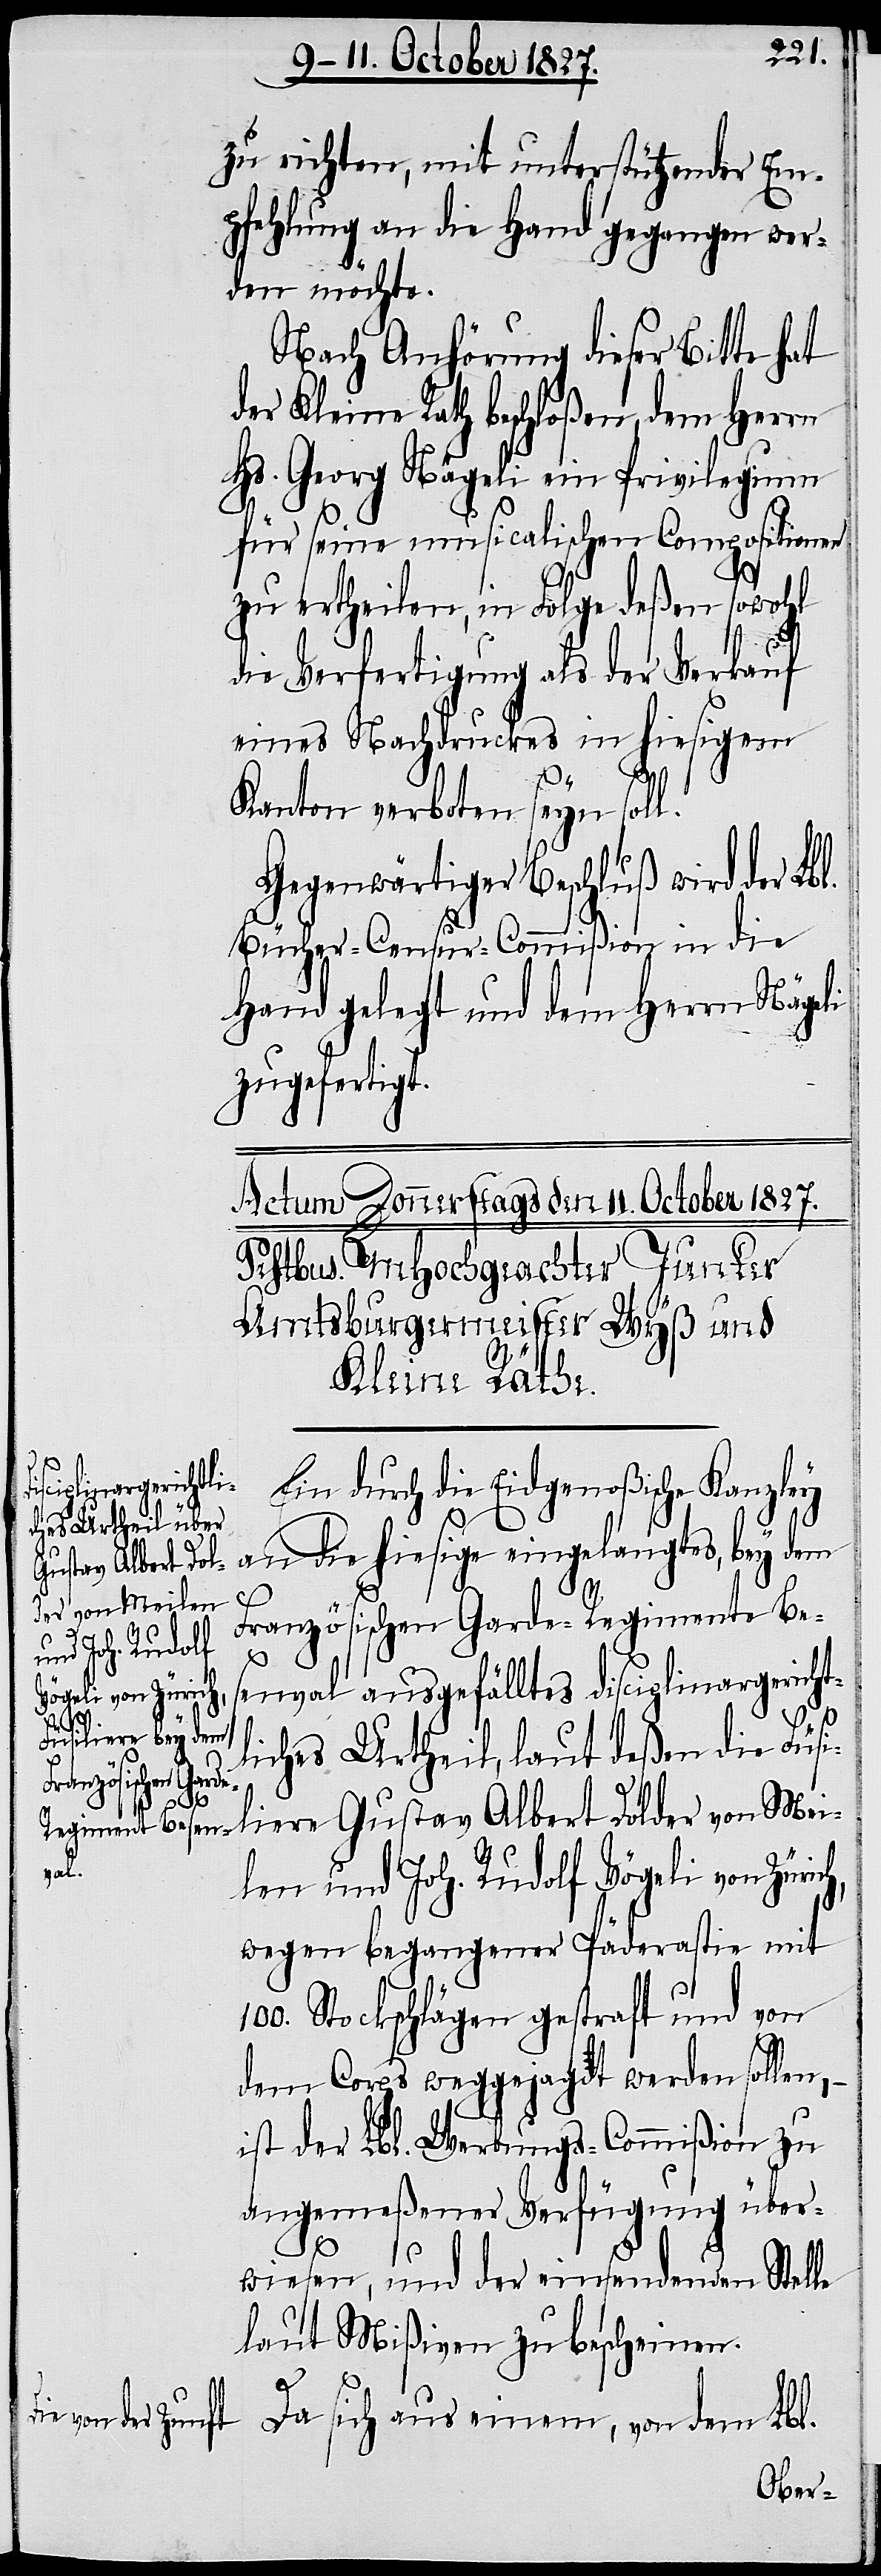
ich,

zu richten, mit unterstützender Em¬
pfehlung an die Hand gegangen wer¬
den möchte.
Nach Anhörung dieser Bitte hat
der Kleine Rath beschloßen, dem Herrn
Hs. Georg Nägeli ein Privilegium
für seine musicalischen Compositionen
zu ertheilen, in Folge deßen sowohl
die Verfertigung als der Verkauf
eines Nachdruckes in hiesigem
Kanton verboten seyn soll.
Gegenwärtiger Beschluß wird der Lbl.
Bücher-Censur-Commißion in die
Hand gelegt und dem Herrn Nägeli
zugefertigt.
Ein durch die Eidgenößische Kanzley
an die hiesige eingelangtes, bey dem
Französischen Garde-Regimente Be¬
s¬
enval ausgefälltes disciplinargerichtl¬
iches Urtheil, laut deßen die Füsi¬
liere Gustav Albert Dolder von Mei¬
len und Joh. Rudolf Vögeli von Zür¬
wegen begangener Päderastie mit
100. Stockschlägen gestraft und von
dem Corps weggejagt werden sollen, –
ist der Lbl. Werbungs-Commißion zu
angemeßener Verfügung über¬
wiesen, und der einsendenden Stelle
laut Mißiven zu bescheinen.
Da sich aus einem, von dem Lbl.